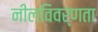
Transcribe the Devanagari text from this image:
नीलविवर्णता